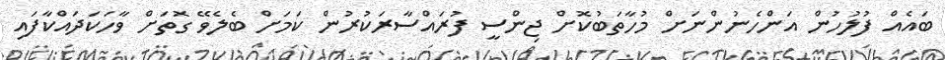
ބައެއް ފުލުހުން އަންހެނުންނަށް މުހާތަބުކޮށް ޖިންސީ ފުރައްސާރަކުރުން ކަަމަށް ބެލެވޭ ގޮތަށް ވާހަކަދައްކާފައި